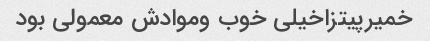
خمیرپیتزاخیلی خوب وموادش معمولی بود